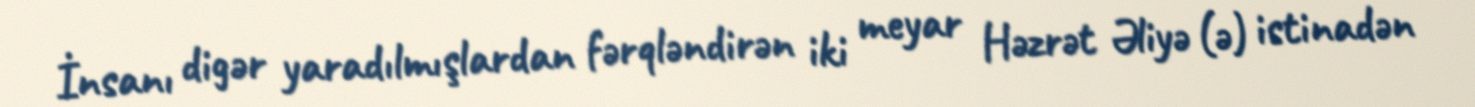
İnsanı digər yaradılmışlardan fərqləndirən iki meyar Həzrət Əliyə (ə) istinadən